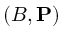
( B , { \bf P } )